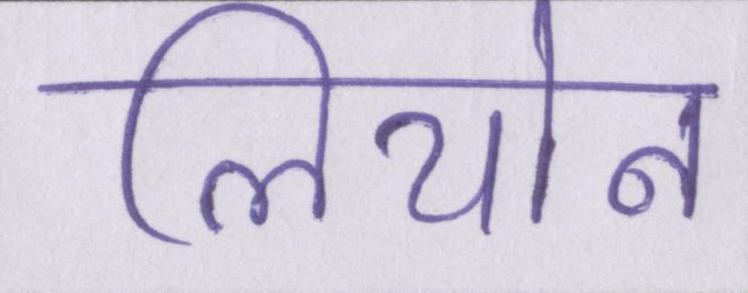
लियोन